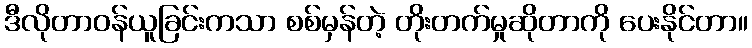
ဒီလိုတာဝန်ယူခြင်းကသာ စစ်မှန်တဲ့ တိုးတက်မှုဆိုတာကို ပေးနိုင်တာ။